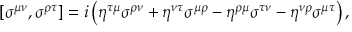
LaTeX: \left[ \sigma ^ { \mu \nu } , \sigma ^ { \rho \tau } \right] = i \left( \eta ^ { \tau \mu } \sigma ^ { \rho \nu } + \eta ^ { \nu \tau } \sigma ^ { \mu \rho } - \eta ^ { \rho \mu } \sigma ^ { \tau \nu } - \eta ^ { \nu \rho } \sigma ^ { \mu \tau } \right) ,